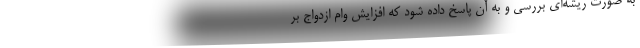
به صورت ریشه‌ای بررسی و به آن پاسخ داده شود که افزایش وام ازدواج بر